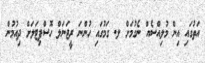
އަތުގައި އިން މުލިއްސެއް ނެގުމަށް ލ. ގަމުގައި ހުންނަ ރީޖަނަލް ހޮސްޕިޓަލަށް ދިއުމުން